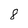
Character: 8